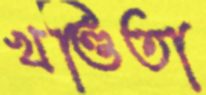
খণ্ডিতা